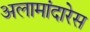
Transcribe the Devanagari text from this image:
अलामांदारेस